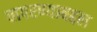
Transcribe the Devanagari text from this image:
वापरण्याबद्दल